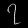
Digit: ၇